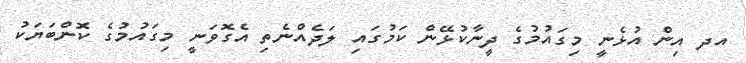
އދ އިން އުޅެނީ މިގައުމުގެ ދީނާކުޅޭން ކަމުގައި ލަދެއްނެތި އެގޮވަނީ މިގައުމުގެ ކޮންބަޔަކު